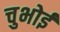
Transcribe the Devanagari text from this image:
चुभोई